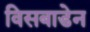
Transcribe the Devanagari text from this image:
विसबाडेन